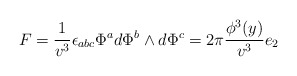
\begin{align*} F = \frac1{ v^3}\epsilon_{abc} \Phi^a d\Phi^b \wedge d\Phi^c = 2\pi\frac {\phi^3(y)}{v^3} e_2\end{align*}